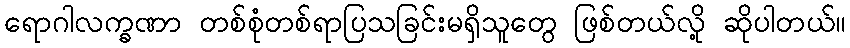
ရောဂါလက္ခဏာ တစ်စုံတစ်ရာပြသခြင်းမရှိသူတွေ ဖြစ်တယ်လို့ ဆိုပါတယ်။